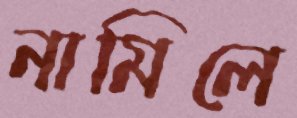
নামিলে